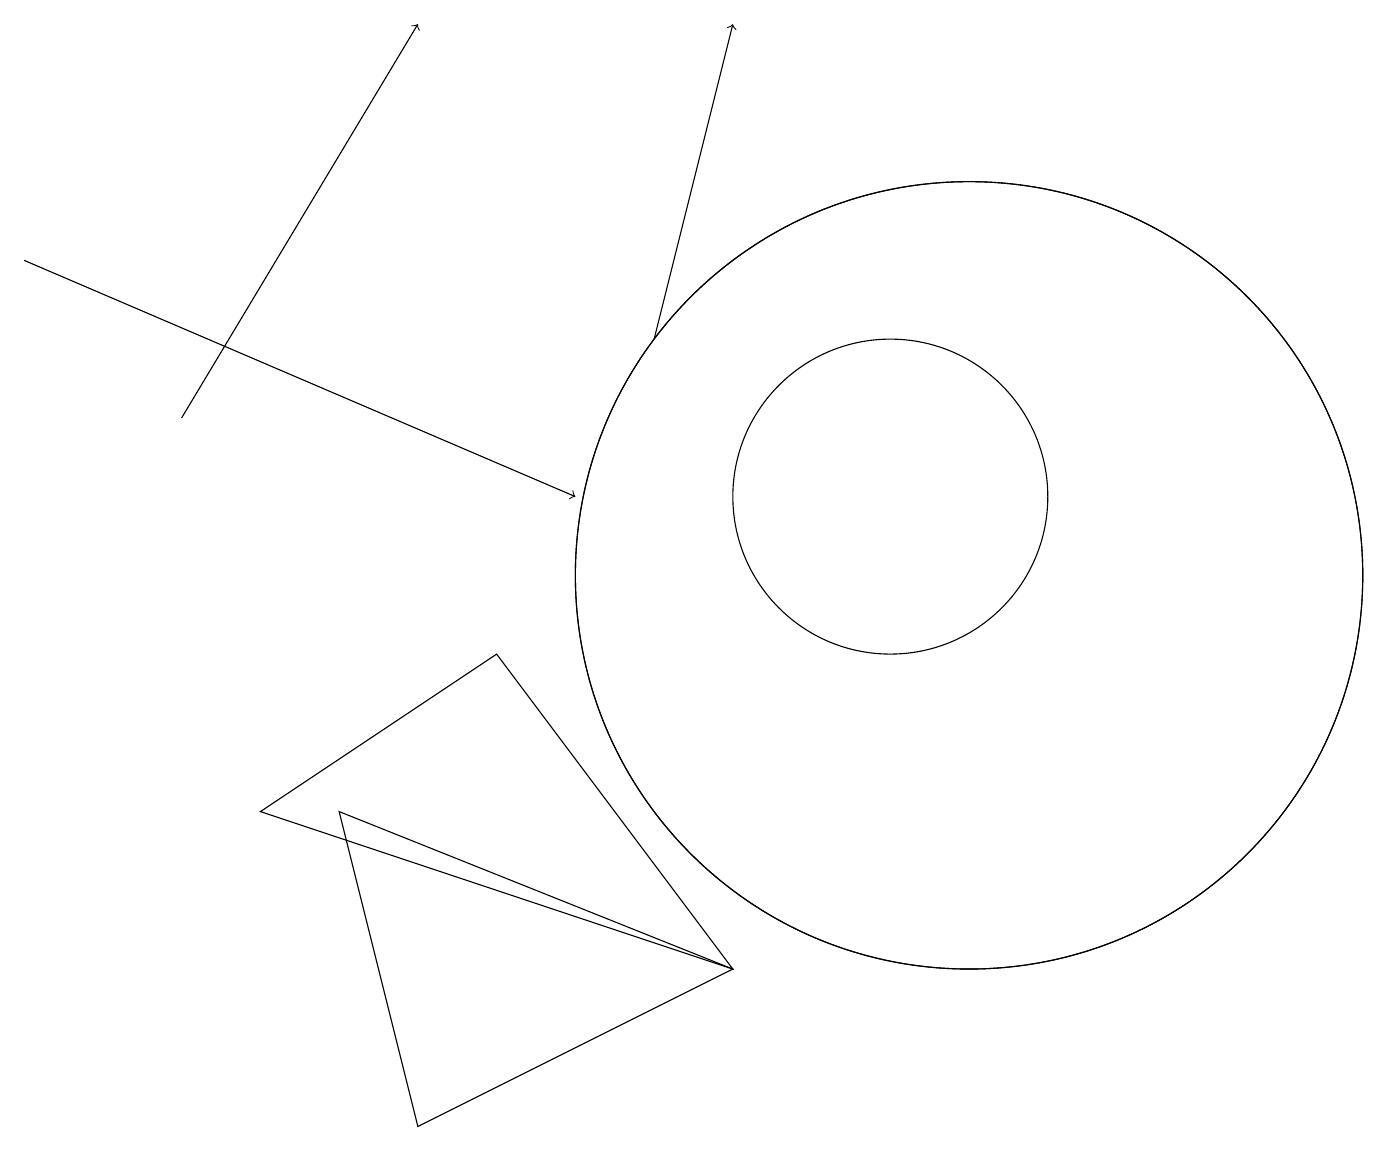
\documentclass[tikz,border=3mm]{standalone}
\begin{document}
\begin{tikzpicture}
\draw (3,7) -- (6,9) -- (9,5) -- cycle;
\draw[->] (8,13) -- (9,17);
\draw (12,10) circle (5);
\draw (11,11) circle (2);
\draw (4,7) -- (9,5) -- (5,3) -- cycle;
\draw[->] (0,14) -- (7,11);
\draw[->] (2,12) -- (5,17);
\draw (12,10) circle (5);
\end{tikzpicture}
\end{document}